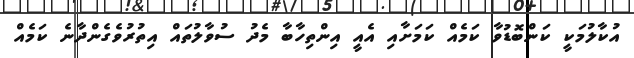
އުކާލުމަކީ ކަންބޮޑުވާ ކަމެއް ކަމަށާއި އެއީ އިންތިހާބާ މެދު ސުވާލުތައް އިތުރުވެގެންދާނެ ކަމެއް